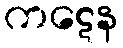
ကဋေန